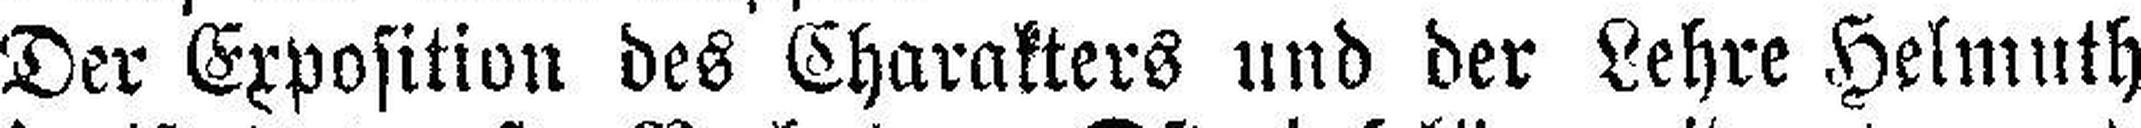
Der Exposition des Charakters und der Lehre Helmuth